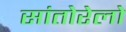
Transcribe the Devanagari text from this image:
सांतोरेलो